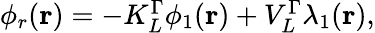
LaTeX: \begin{array}{r}{\phi_{r}(\mathbf{r})=-K_{L}^{\Gamma}\phi_{1}(\mathbf{r})+V_{L}^{\Gamma}\lambda_{1}(\mathbf{r}),}\end{array}